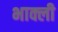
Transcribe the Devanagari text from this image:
भाक्ली